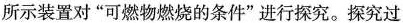
所示装置对”可燃物燃烧的条件”进行探究。探究过